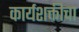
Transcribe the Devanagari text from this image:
कार्यशक्तीचा